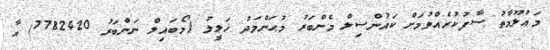
މަޢުލޫމާތު ސާފުކުރެއްވުމަށް ކައުންސިލް މެންބަރު މުޙަންމަދު ޚަލީލު (މޯބައިލް ނަންބަރު 7782420) އާ